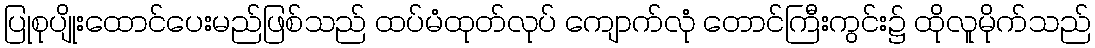
ပြုစုပျိုးထောင်ပေးမည်ဖြစ်သည် ထပ်မံထုတ်လုပ် ကျောက်လုံ တောင်ကြီးကွင်း၌ ထိုလူမိုက်သည်